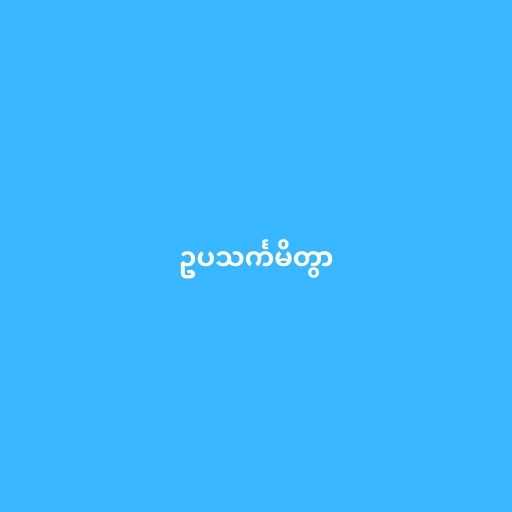
ဥပသင်္ကမိတွာ